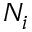
N _ { i }